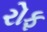
રોફ